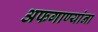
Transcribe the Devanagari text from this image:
अफगाण्यांना